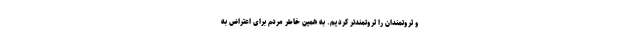
و ثروتمندان را ثروتمندتر کردیم. به همین خاطر مردم برای اعتراض به